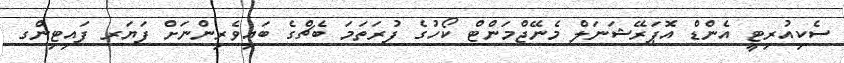
ސެކިއުރިޓީ އެންޑް އޮޕަރޭޝަނަލް މެނޭޖްމަންޓް ކޯހުގެ ފުރަތަމަ ބެޗްގެ ބައިވެރިންނަށް ފަޔަރ ފައިޓިންގ